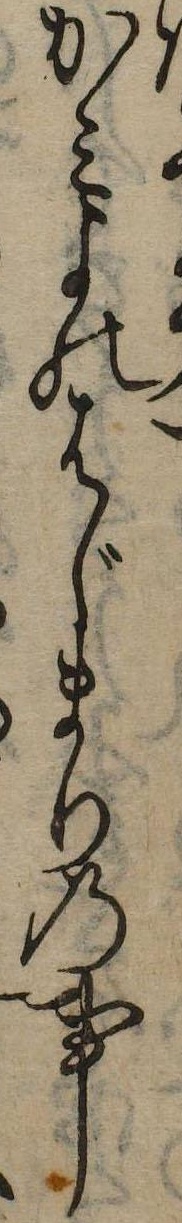
かみよのはじまりの事